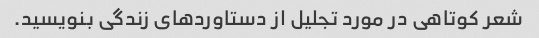
شعر کوتاهی در مورد تجلیل از دستاوردهای زندگی بنویسید.